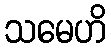
သမေဟိ